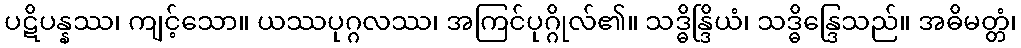
ပဋိပန္နဿ၊ ကျင့်သော။ ယဿပုဂ္ဂလဿ၊ အကြင်ပုဂ္ဂိုလ်၏။ သဒ္ဓိန္ဒြိယံ၊ သဒ္ဓိန္ဒြေသည်။ အဓိမတ္တံ၊